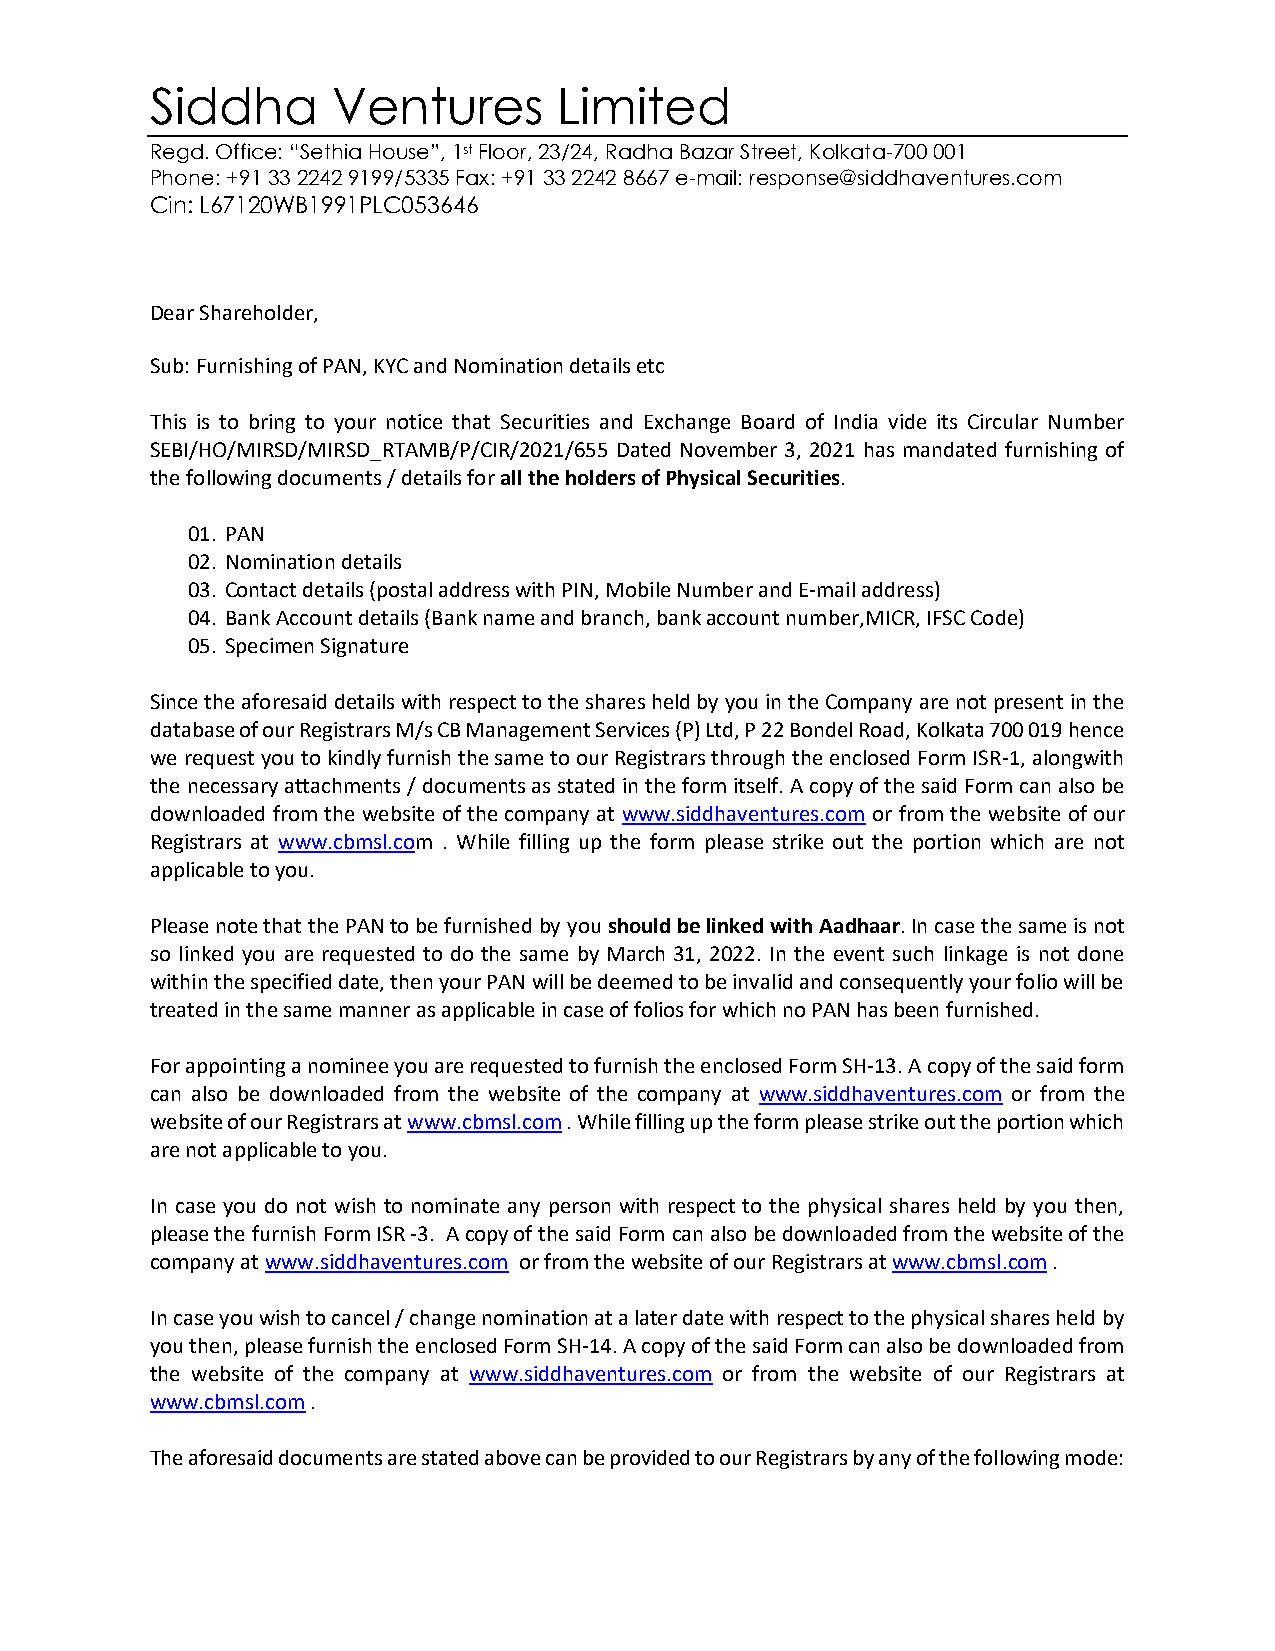
Siddha      Ventures       Limited
 Regd. Office: “Sethia House”, 1st Floor, 23/24, Radha Bazar Street, Kolkata-700 001
 Phone: +91 33 2242 9199/5335 Fax: +91 33 2242 8667 e-mail: response@siddhaventures.com
 Cin: L67120WB1991PLC053646
 Dear Shareholder,
 Sub: Furnishing of PAN, KYC and Nomination details etc
 This is to bring to your notice that Securities and Exchange Board of India vide its Circular Number
 SEBI/HO/MIRSD/MIRSD_RTAMB/P/CIR/2021/655 Dated November 3, 2021 has mandated furnishing of
 the following documents / details for all the holders of Physical Securities.
 01. PAN
 02. Nomination details
 03. Contact details (postal address with PIN, Mobile Number and E-mail address)
 04. Bank Account details (Bank name and branch, bank account number,MICR, IFSC Code)
 05. Specimen Signature
 Since the aforesaid details with respect to the shares held by you in the Company are not present in the
 database of our Registrars M/s CB Management Services (P) Ltd, P 22 Bondel Road, Kolkata 700 019 hence
 we request you to kindly furnish the same to our Registrars through the enclosed Form ISR-1, alongwith
 the necessary attachments / documents as stated in the form itself. A copy of the said Form can also be
 downloaded from the website of the company at www.siddhaventures.com or from the website of our
 Registrars at www.cbmsl.com . While filling up the form please strike out the portion which are not
 applicable to you.
 Please note that the PAN to be furnished by you should be linked with Aadhaar. In case the same is not
 so linked you are requested to do the same by March 31, 2022. In the event such linkage is not done
 within the specified date, then your PAN will be deemed to be invalid and consequently your folio will be
 treated in the same manner as applicable in case of folios for which no PAN has been furnished.
 For appointing a nominee you are requested to furnish the enclosed Form SH-13. A copy of the said form
 can also be downloaded from the website of the company at www.siddhaventures.com or from the
 website of our Registrars at www.cbmsl.com . While filling up the form please strike out the portion which
 are not applicable to you.
 In case you do not wish to nominate any person with respect to the physical shares held by you then,
 please the furnish Form ISR -3. A copy of the said Form can also be downloaded from the website of the
 company at www.siddhaventures.com or from the website of our Registrars at www.cbmsl.com .
 In case you wish to cancel / change nomination at a later date with respect to the physical shares held by
 you then, please furnish the enclosed Form SH-14. A copy of the said Form can also be downloaded from
 the website of the company at www.siddhaventures.com or from the website of our Registrars at
 www.cbmsl.com .
 The aforesaid documents are stated above can be provided to our Registrars by any of the following mode: